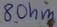
Text: 8Ohm